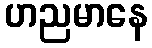
ဟညမာနေ